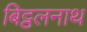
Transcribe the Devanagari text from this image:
बिट्ठलनाथ